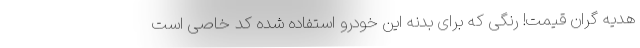
هدیه گران قیمت! رنگی که برای بدنه این خودرو استفاده شده کد خاصی است